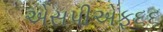
એસપીએફ૬૬